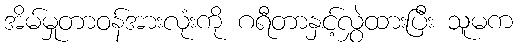
အိမ်မှုတာဝန်အားလုံးကို ဂရီတာနှင့်လွှဲထားပြီး သူမက